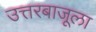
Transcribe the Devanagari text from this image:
उत्तरबाजूला